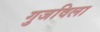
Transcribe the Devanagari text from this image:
गुजविला